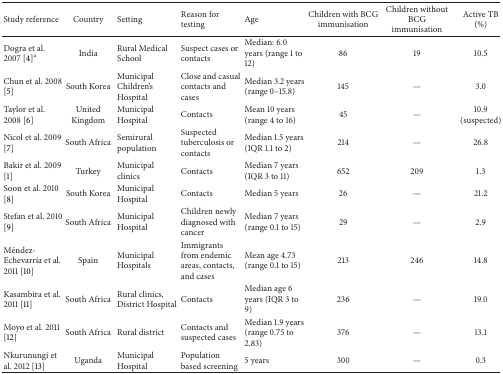
<table><thead><tr><td><b>Study reference</b></td><td><b>Country</b></td><td><b>Setting </b></td><td><b>Reason for testing</b></td><td><b>Age</b></td><td><b>Children with BCG immunisation</b></td><td><b>Children without BCG immunisation</b></td><td><b>Active TB (%)</b></td></tr></thead><tbody><tr><td>Dogra et al. 2007 [4]<sup>a</sup></td><td>India</td><td>Rural Medical School</td><td>Suspect cases or contacts</td><td>Median: 6.0 years (range 1 to 12)</td><td>86</td><td>19</td><td>10.5</td></tr><tr><td>Chun et al. 2008 [5]</td><td>South Korea</td><td>Municipal Children&#x27;s Hospital </td><td>Close and casual contacts and cases</td><td>Median 3.2 years (range 0–15.8)</td><td>145</td><td>—</td><td>3.0</td></tr><tr><td>Taylor et al. 2008 [6]</td><td>United Kingdom</td><td>Municipal Hospital</td><td>Contacts</td><td>Mean 10 years (range 4 to 16)</td><td>45</td><td>—</td><td>10.9 (suspected)</td></tr><tr><td>Nicol et al. 2009 [7]</td><td>South Africa</td><td>Semirural population</td><td>Suspected tuberculosis or contacts</td><td>Median 1.5 years (IQR 1.1 to 2)</td><td>214</td><td>—</td><td>26.8</td></tr><tr><td>Bakir et al. 2009 [1]</td><td>Turkey</td><td>Municipal clinics</td><td>Contacts </td><td>Median 7 years (IQR 3 to 11)</td><td>652</td><td>209</td><td>1.3</td></tr><tr><td>Soon et al. 2010 [8]</td><td>South Korea</td><td>Municipal Hospital</td><td>Contacts </td><td>Median 5 years</td><td>26</td><td>—</td><td>21.2</td></tr><tr><td>Stefan et al. 2010 [9]</td><td>South Africa</td><td>Municipal Hospital</td><td>Children newly diagnosed with cancer</td><td>Median 7 years (range 0.1 to 15)</td><td>29</td><td>—</td><td>2.9</td></tr><tr><td>Méndez-Echevarría et al. 2011 [10]</td><td>Spain</td><td>Municipal Hospitals</td><td>Immigrants from endemic areas, contacts, and cases</td><td>Mean age 4.73 (range 0.1 to 15)</td><td>213</td><td>246</td><td>14.8</td></tr><tr><td>Kasambira et al. 2011 [11]</td><td>South Africa</td><td>Rural clinics, District Hospital</td><td>Contacts </td><td>Median age 6 years (IQR 3 to 9)</td><td>236</td><td>—</td><td>19.0</td></tr><tr><td>Moyo et al. 2011 [12]</td><td>South Africa</td><td>Rural district</td><td>Contacts and suspected cases</td><td>Median 1.9 years (range 0.75 to 2.83)</td><td>376</td><td>—</td><td>13.1</td></tr><tr><td>Nkurunungi et al. 2012 [13]</td><td>Uganda</td><td>Municipal Hospital</td><td>Population based screening </td><td>5 years</td><td>300</td><td>—</td><td>0.3</td></tr></tbody></table>